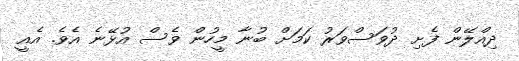
ދިއްލޭން ފެށި ދުވަސްވަރު ކަމަށް ބުނާ މީހުން ވެސް އުޅޭނެ އެވެ. އެއީ